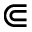
\Subset